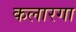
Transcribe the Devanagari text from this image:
कलारगा